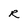
Character: R